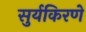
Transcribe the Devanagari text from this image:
सुर्यकिरणे